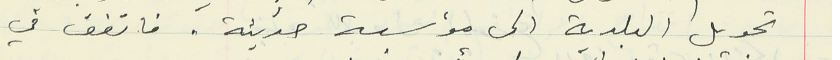
تحويل البلدية الى مؤسسة حديثة. فاتفق في